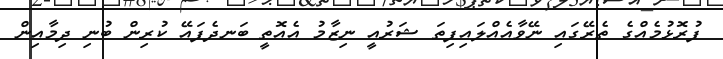
ފުރޮޅުމެއްގެ ތެރޭގައި ނޭވާއެއްލައިފިތަ ޝަރުއީ ނިޒާމު އެއޮތީ ބަނދެފައޭ ކުރިން ބުނި ދިމާއިން